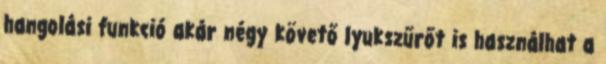
hangolási funkció akár négy követő lyukszűrőt is használhat a